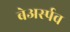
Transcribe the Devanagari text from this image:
बेअर्स्पव